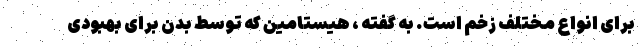
برای انواع مختلف زخم است. به گفته ، هیستامین که توسط بدن برای بهبودی